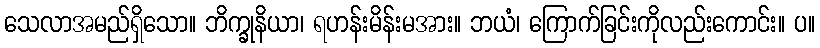
သေလာအမည်ရှိသော။ ဘိက္ခုနိယာ၊ ရဟန်းမိန်းမအား။ ဘယံ၊ ကြောက်ခြင်းကိုလည်းကောင်း။ ပ။